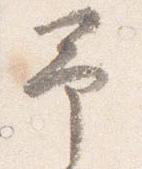
予